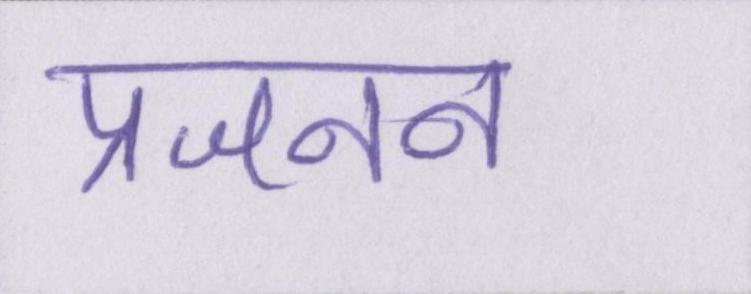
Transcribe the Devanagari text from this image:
प्रजनन